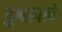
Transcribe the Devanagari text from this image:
दुभाषाचे